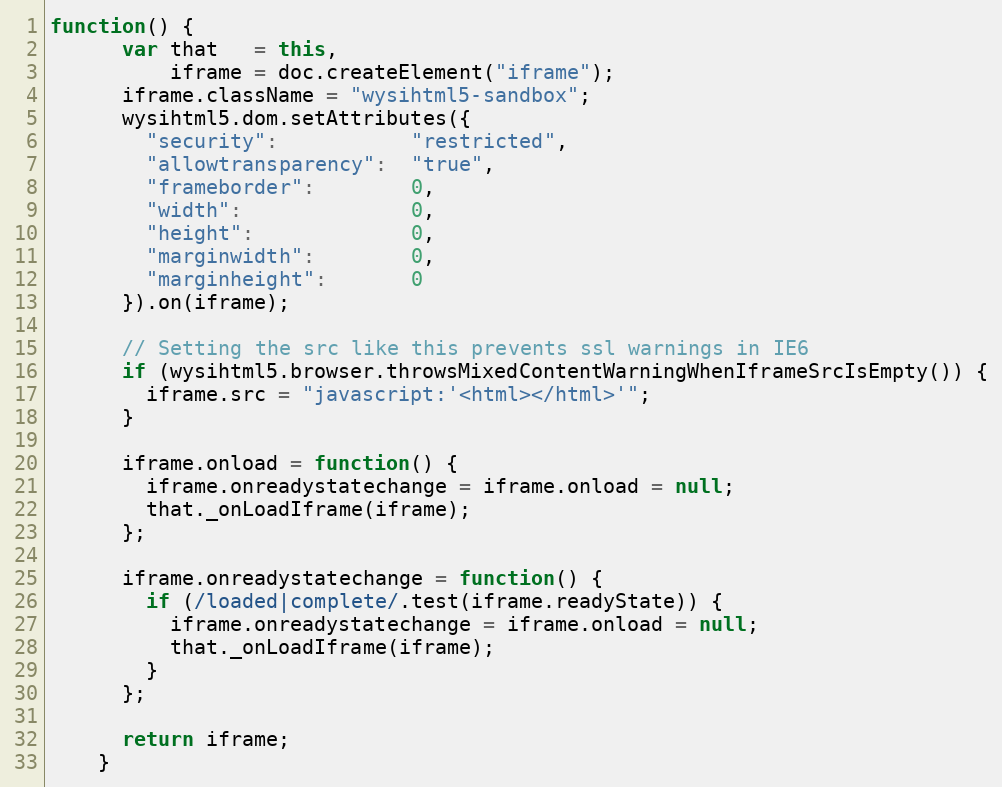
Language: JavaScript
function() {
      var that   = this,
          iframe = doc.createElement("iframe");
      iframe.className = "wysihtml5-sandbox";
      wysihtml5.dom.setAttributes({
        "security":           "restricted",
        "allowtransparency":  "true",
        "frameborder":        0,
        "width":              0,
        "height":             0,
        "marginwidth":        0,
        "marginheight":       0
      }).on(iframe);

      // Setting the src like this prevents ssl warnings in IE6
      if (wysihtml5.browser.throwsMixedContentWarningWhenIframeSrcIsEmpty()) {
        iframe.src = "javascript:'<html></html>'";
      }

      iframe.onload = function() {
        iframe.onreadystatechange = iframe.onload = null;
        that._onLoadIframe(iframe);
      };

      iframe.onreadystatechange = function() {
        if (/loaded|complete/.test(iframe.readyState)) {
          iframe.onreadystatechange = iframe.onload = null;
          that._onLoadIframe(iframe);
        }
      };

      return iframe;
    }